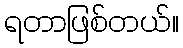
ရတာဖြစ်တယ်။